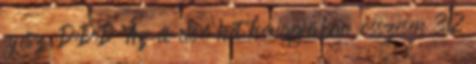
egész :D:D:D "Az év első hét hónapjában összesen 312